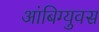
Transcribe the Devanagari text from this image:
आंबिग्युवस